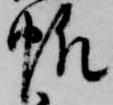
帆